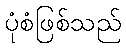
ပုံစံဖြစ်သည်